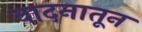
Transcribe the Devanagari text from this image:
वादनातून